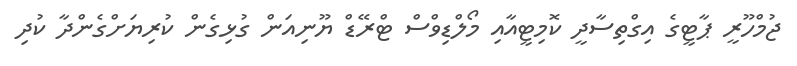
ޖުމްހޫރީ ޕާޓީގެ އިގްތިސާދީ ކޮމިޓީއާއި މޯލްޑިވްސް ޓްރޭޑް ޔޫނިއަން ގުޅިގެން ކުރިޔަށްގެންދާ ކުދި